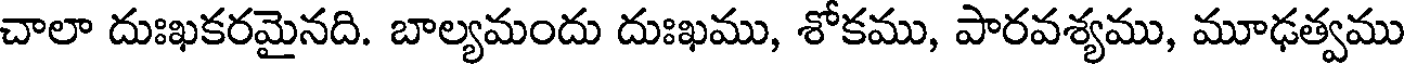
చాలా దుఃఖకరమైనది. బాల్యమందు దుఃఖము, శోకము, పారవశ్యము, మూఢత్వము